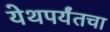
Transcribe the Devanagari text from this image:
येथपर्यंतचा